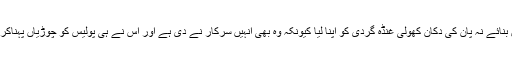
بے روزگاروں نے پکوڑے تو نہیں بنائے نہ پان کی دُکان کھولی غنڈہ گردی کو اپنا لیا کیونکہ وہ بھی انہیں سرکار نے دی ہے اور اس نے ہی پولیس کو چوڑیاں پہناکر تھانوں میں بیٹھنے کا حکم دیا ہے۔